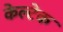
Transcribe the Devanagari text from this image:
केल्टेक